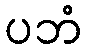
ပဘံ